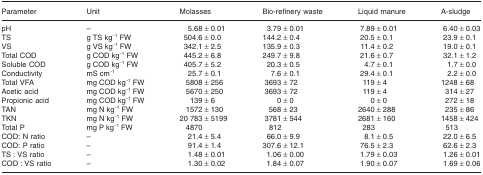
<table><thead><tr><td><b>Parameter</b></td><td><b>Unit</b></td><td><b>Molasses</b></td><td><b>Bio-refinery waste</b></td><td><b>Liquid manure</b></td><td><b>A-sludge</b></td></tr></thead><tbody><tr><td>pH</td><td>–</td><td>5.68 ± 0.01</td><td>3.79 ± 0.01</td><td>7.89 ± 0.01</td><td>6.40 ± 0.03</td></tr><tr><td>TS</td><td>g TS kg<sup>−1</sup> FW</td><td>504.6 ± 0.0</td><td>144.2 ± 0.4</td><td>20.5 ± 0.1</td><td>23.9 ± 0.1</td></tr><tr><td>VS</td><td>g VS kg<sup>−1</sup> FW</td><td>342.1 ± 2.5</td><td>135.9 ± 0.3</td><td>11.4 ± 0.2</td><td>19.0 ± 0.1</td></tr><tr><td>Total COD</td><td>g COD kg<sup>−1</sup> FW</td><td>445.2 ± 6.8</td><td>249.7 ± 9.8</td><td>21.6 ± 0.7</td><td>32.1 ± 1.2</td></tr><tr><td>Soluble COD</td><td>g COD kg<sup>−1</sup> FW</td><td>405.7 ± 5.2</td><td>20.3 ± 0.5</td><td>4.7 ± 0.1</td><td>1.7 ± 0.0</td></tr><tr><td>Conductivity</td><td>mS cm<sup>−1</sup></td><td>25.7 ± 0.1</td><td>7.6 ± 0.1</td><td>29.4 ± 0.1</td><td>2.2 ± 0.0</td></tr><tr><td>Total VFA</td><td>mg COD kg<sup>−1</sup> FW</td><td>5808 ± 256</td><td>3693 ± 72</td><td>119 ± 4</td><td>1248 ± 68</td></tr><tr><td>Acetic acid</td><td>mg COD kg<sup>−1</sup> FW</td><td>5670 ± 250</td><td>3693 ± 72</td><td>119 ± 4</td><td>314 ± 27</td></tr><tr><td>Propionic acid</td><td>mg COD kg<sup>−1</sup> FW</td><td>139 ± 6</td><td>0 ± 0</td><td>0 ± 0</td><td>272 ± 18</td></tr><tr><td>TAN</td><td>mg N kg<sup>−1</sup> FW</td><td>1572 ± 130</td><td>568 ± 23</td><td>2640 ± 288</td><td>235 ± 86</td></tr><tr><td>TKN</td><td>mg N kg<sup>−1</sup> FW</td><td>20 783 ± 5199</td><td>3781 ± 544</td><td>2681 ± 160</td><td>1458 ± 424</td></tr><tr><td>Total P</td><td>mg P kg<sup>−1</sup> FW</td><td>4870</td><td>812</td><td>283</td><td>513</td></tr><tr><td>COD: N ratio</td><td>–</td><td>21.4 ± 5.4</td><td>66.0 ± 9.9</td><td>8.1 ± 0.5</td><td>22.0 ± 6.5</td></tr><tr><td>COD: P ratio</td><td>–</td><td>91.4 ± 1.4</td><td>307.6 ± 12.1</td><td>76.5 ± 2.3</td><td>62.6 ± 2.3</td></tr><tr><td>TS : VS ratio</td><td>–</td><td>1.48 ± 0.01</td><td>1.06 ± 0.00</td><td>1.79 ± 0.03</td><td>1.26 ± 0.01</td></tr><tr><td>COD : VS ratio</td><td>–</td><td>1.30 ± 0.02</td><td>1.84 ± 0.07</td><td>1.90 ± 0.07</td><td>1.69 ± 0.06</td></tr></tbody></table>